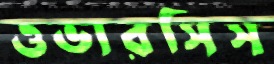
ওভারসিস